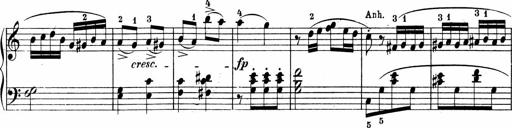
Title: Sonatinen Op.47, 98 und 136, nebst 6 Liedersonatinen
Composer: Carl Reinecke